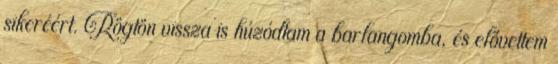
sikeréért. Rögtön vissza is húzódtam a barlangomba, és elővettem